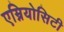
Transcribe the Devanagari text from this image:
एम्नियोसिटी